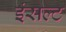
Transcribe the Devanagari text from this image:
इंसल्ट